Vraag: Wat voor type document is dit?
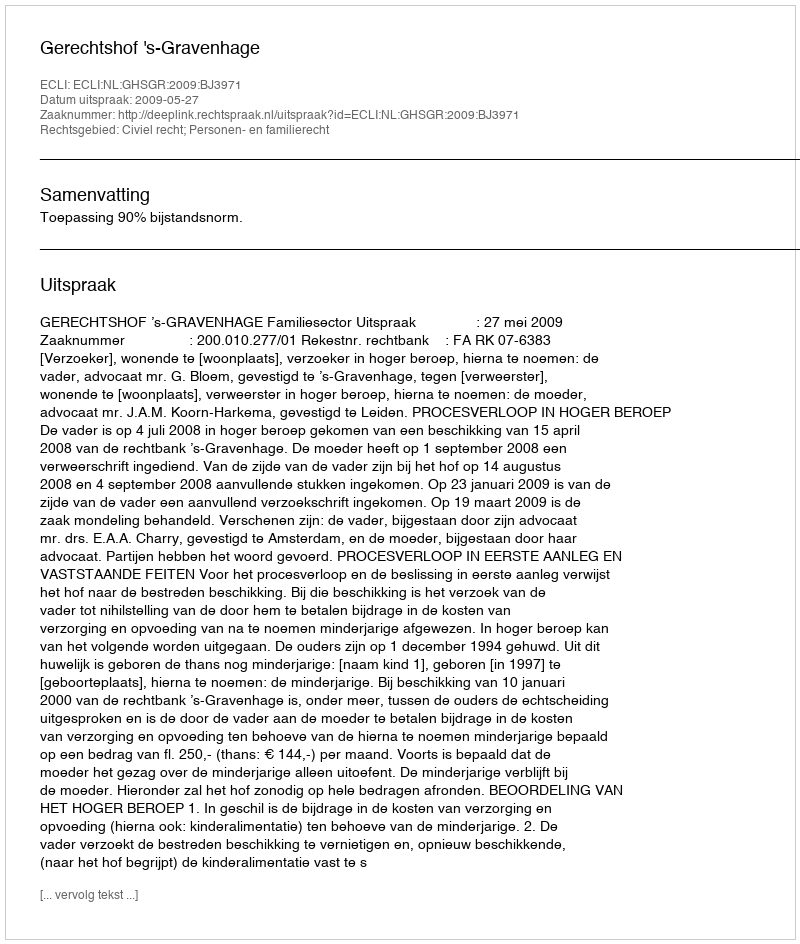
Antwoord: Uitspraak